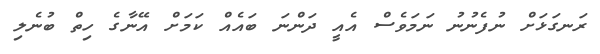
ރަނގަޅަށް ނުފެނުނު ނަމަވެސް އެއީ ދަންނަ ބައެއް ކަމަށް އޭނާގެ ހިތް ބުނެލި